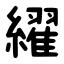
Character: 䌦